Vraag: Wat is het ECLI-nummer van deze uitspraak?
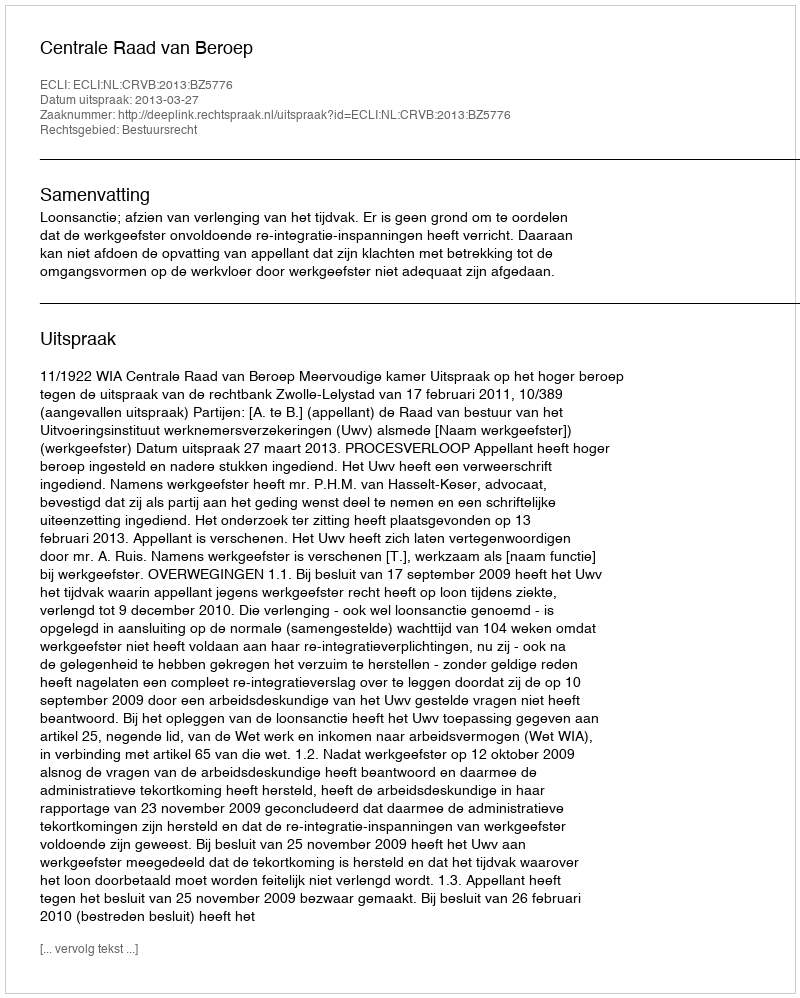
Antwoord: ECLI:NL:CRVB:2013:BZ5776